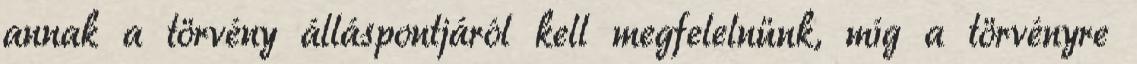
annak a törvény álláspontjáról kell megfelelnünk, míg a törvényre